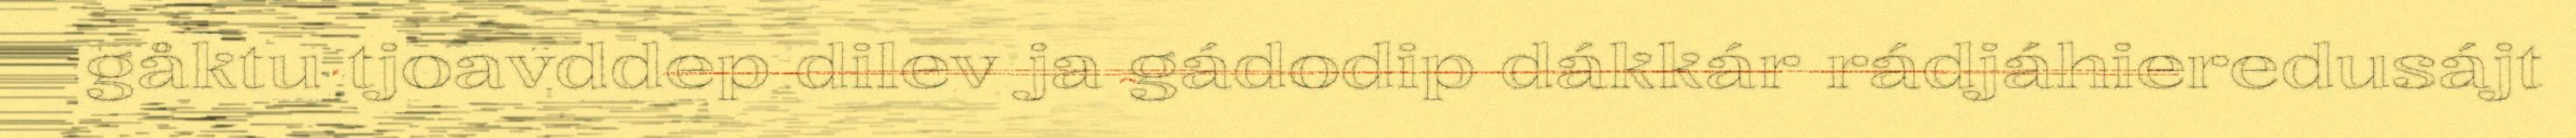
gåktu tjoavddep dilev ja gádodip dákkár rádjáhieredusájt